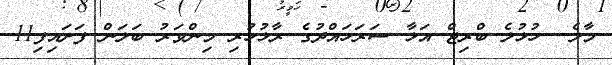
މާލެ  ހުޅުލެ ބްރިޖް އަޅާ ސަރަހައްދުގެ ރާޅުހުރި މިންވަރު ބަލަން ފަށައިފި11